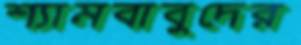
শ্যামবাবুদের